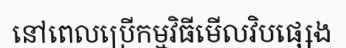
នៅពេលប្រើកម្មវិធីមើលវិបផ្សេង